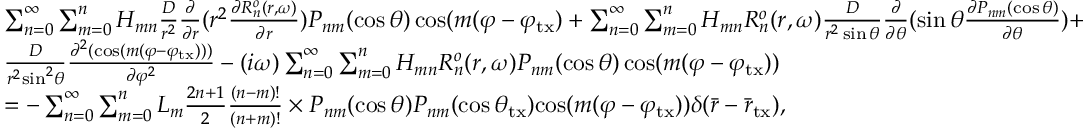
\begin{array} { l } { \sum _ { n = 0 } ^ { \infty } \sum _ { m = 0 } ^ { n } H _ { m n } \frac { D } { { { r ^ { 2 } } } } \frac { \partial } { { \partial r } } ( { r ^ { 2 } } \frac { { \partial R _ { n } ^ { o } ( r , \omega ) } } { { \partial r } } ) P _ { n m } ( \cos \theta ) \cos ( m ( \varphi - \varphi _ { \mathrm { t x } } ) + \sum _ { n = 0 } ^ { \infty } \sum _ { m = 0 } ^ { n } H _ { m n } R _ { n } ^ { o } ( r , \omega ) \frac { D } { { { r ^ { 2 } } \sin \theta } } \frac { \partial } { { \partial \theta } } ( \sin \theta \frac { { \partial P _ { n m } ( \cos \theta ) } } { { \partial \theta } } ) + } \\ { \frac { D } { { { r ^ { 2 } } { { \sin } ^ { 2 } } \theta } } \frac { { { \partial ^ { 2 } } ( \cos ( m ( \varphi - \varphi _ { \mathrm { t x } } ) ) ) } } { { \partial { \varphi ^ { 2 } } } } - ( { i \omega } ) \sum _ { n = 0 } ^ { \infty } \sum _ { m = 0 } ^ { n } H _ { m n } R _ { n } ^ { o } ( r , \omega ) P _ { n m } ( \cos \theta ) \cos ( m ( \varphi - \varphi _ { \mathrm { t x } } ) ) } \\ { = - \sum _ { n = 0 } ^ { \infty } \sum _ { m = 0 } ^ { n } L _ { m } \frac { { 2 n + 1 } } { 2 } \frac { { ( n - m ) ! } } { { ( n + m ) ! } } \times { P _ { n m } ( \cos \theta ) P _ { n m } ( \cos { \theta _ { \mathrm { t x } } } ) } { \cos ( m ( \varphi - \varphi _ { \mathrm { t x } } ) ) } \delta ( \bar { r } - \bar { r } _ { \mathrm { t x } } ) , } \end{array}